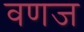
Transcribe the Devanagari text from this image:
वणज